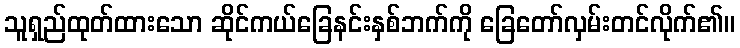
သူရှည်ထုတ်ထားသော ဆိုင်ကယ်ခြေနင်းနှစ်ဘက်ကို ခြေတော်လှမ်းတင်လိုက်၏။